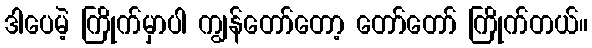
ဒါပေမဲ့ ကြိုက်မှာပါ ကျွန်တော်တော့ တော်တော် ကြိုက်တယ်။